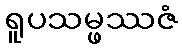
ရူပသမ္ဖဿဇံ